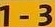
1-3